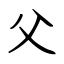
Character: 父